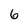
Character: 6